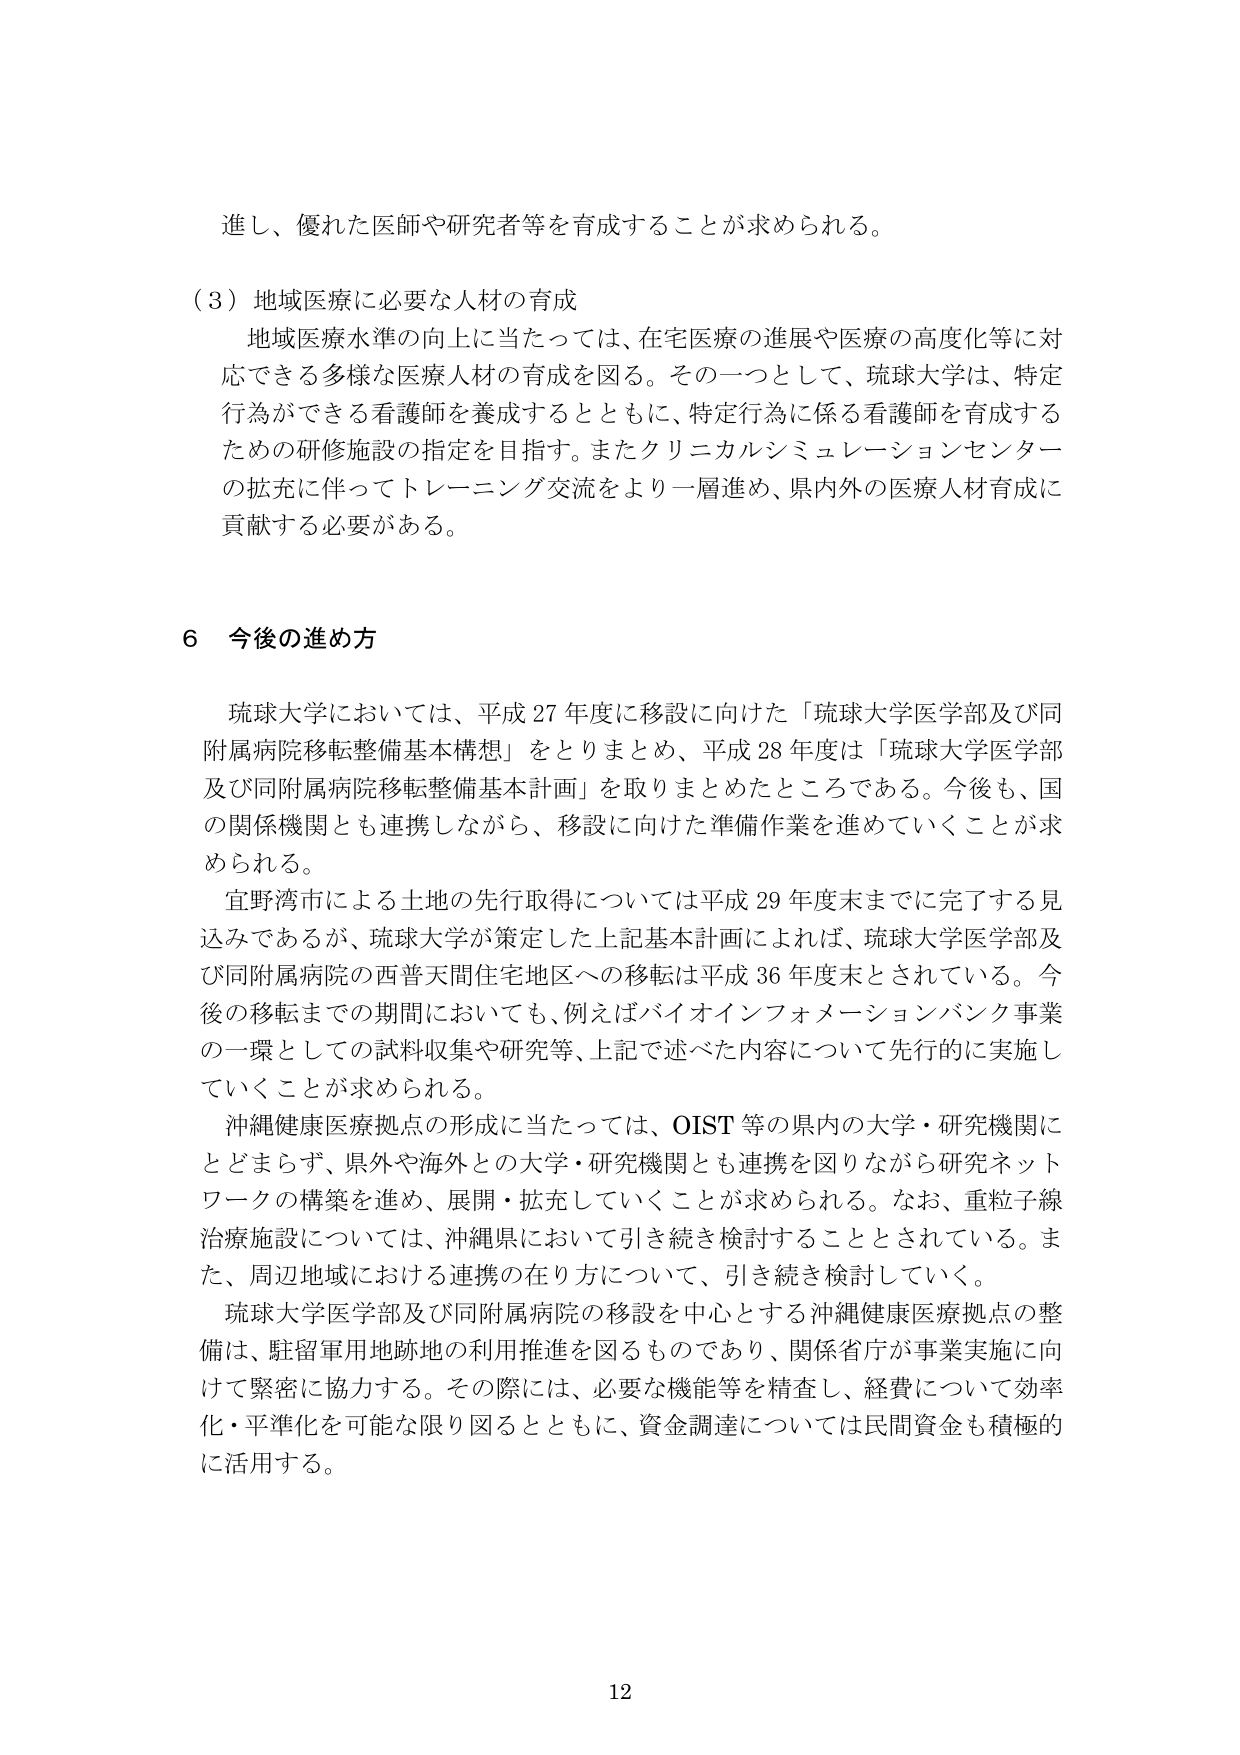
進し、優れた医師や研究者等を育成することが求められる。

（３）地域医療に必要な人材の育成
地域医療水準の向上に当たっては、在宅医療の進展や医療の高度化等に対応できる多様な医療人材の育成を図る。その一つとして、琉球大学は、特定行為ができる看護師を養成するとともに、特定行為に係る看護師を育成するための研修施設の指定を目指す。またクリニカルシミュレーションセンターの拡充に伴ってトレーニング交流をより一層進め、県内外の医療人材育成に貢献する必要がある。

６ 今後の進め方
琉球大学においては、平成27年度に移設に向けた「琉球大学医学部及び同附属病院移転整備基本構想」をとりまとめ、平成28年度は「琉球大学医学部及び同附属病院移転整備基本計画」を取りまとめたところである。今後も、国の関係機関とも連携しながら、移設に向けた準備作業を進めていくことが求められる。
宜野湾市による土地の先行取得については平成29年度末までに完了する見込みであるが、琉球大学が策定した上記基本計画によれば、琉球大学医学部及び同附属病院の西普天間住宅地区への移転は平成36年度末とされている。今後の移転までの期間においても、例えばバイオインフォメーションバンク事業の一環としての試料収集や研究等、上記で述べた内容について先行的に実施していくことが求められる。
沖縄健康医療拠点の形成に当たっては、OIST等の県内の大学・研究機関にとどまらず、県外や海外との大学・研究機関とも連携を図りながら研究ネットワークの構築を進め、展開・拡充していくことが求められる。なお、重粒子線治療施設については、沖縄県において引き続き検討することとされている。また、周辺地域における連携の在り方について、引き続き検討していく。
琉球大学医学部及び同附属病院の移設を中心とする沖縄健康医療拠点の整備は、駐留軍用地跡地の利用推進を図るものであり、関係省庁が事業実施に向けて緊密に協力する。その際には、必要な機能等を精査し、経費について効率化・平準化を可能な限り図るとともに、資金調達については民間資金も積極的に活用する。

12